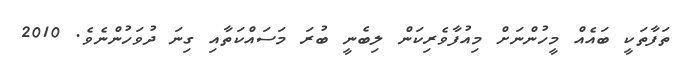
ތަފާތަކީ ބައެއް މީހުންނަށް މިއުފާވެރިކަން ލިބެނީ ބުރަ މަސައްކަތާއި ގިނަ ދުވަހުންނެވެ. 2010